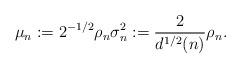
LaTeX: \begin{align*}\mu_n := 2^{-1/2} \rho_n \sigma_n^2 := \frac{2}{d^{1/2}(n)} \rho_n.\end{align*}